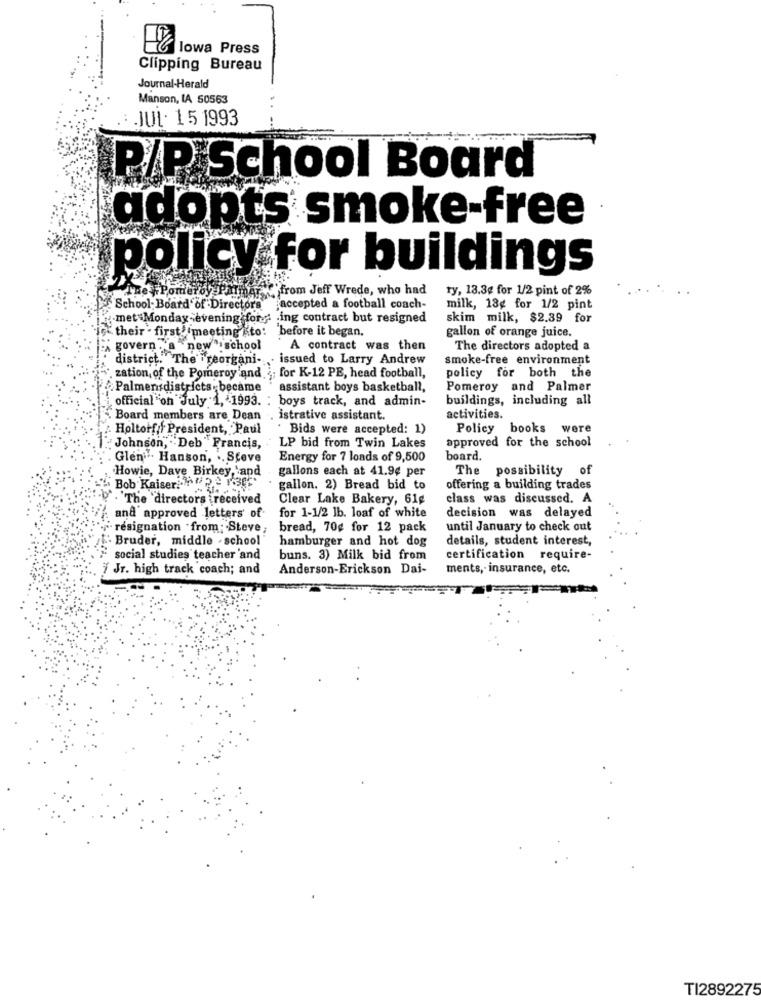
lowa Press
Clipping Bureau
Journal-Herald
Manson, LA 50563
JUL. 15 1993
P/P School Board
adopts smoke-free
policy for buildings
troy Palmar \"from Jeff Wrede, who had
ty, 13.3g for 1/2 pint of 2%
School Board of Directors
accepted a football coach-
milk, 18g for 1/2 pint
met Monday-evening for ; ing contract but resigned
skim milk, $2.39 for
their . first meeting Kto: before it began.
gallon of orange juice.
govern . a new school
A contract was then
The directors adopted a
district."The "reorgani -, issued to Larry Andrew
smoke-free environment
" zation of the Pomeroy and ¿; for K-12 PE, head football,
policy for both the
Palmensdistricts, became
assistant boys basketball,
Pomeroy and Palmer
official on July 1, 1993. : boys track, and admin-
buildings, including all
Board members are Dean . istrative assistant.
activities.
Holtoff: President, Paul
. Bids were accepted: 1)
Policy books were
approved for the school
" Johnson, "Deb Francis, LP bid from Twin Lakes
Glen''. Hanson, .. Steve
Energy for 7 loads of 9,500
board.
gallons each at 41.9¢ per
The possibility of
Howie, Dave Birkey 'and
Bob Kaiser Meer3g
gallon. 2) Bread bid to
offering a building trades
. The directors received
Clear Lake Bakery, 61g
class was discussed. A
for 1-1/2 lb. loaf of white
decision was delayed
and approved letters' of
resignation "from: Steve;
bread, 70g for 12 pack
until January to check out
" Bruder, middle - school
hamburger and hot dog
details, student interest,
"social studies teacher 'and
buns. 3) Milk bid from
certification require-
Jr. high track coach; and
Anderson-Erickson Dai-
ments, insurance, etc.
TI2892275